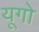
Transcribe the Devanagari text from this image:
यूगो